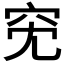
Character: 𥤷